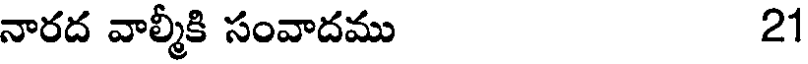
నారద వాల్మీకి సంవాదము 21